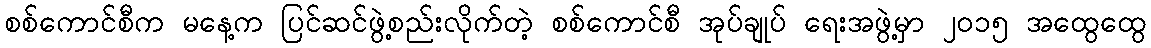
စစ်ကောင်စီက မနေ့က ပြင်ဆင်ဖွဲ့စည်းလိုက်တဲ့ စစ်ကောင်စီ အုပ်ချုပ် ရေးအဖွဲ့မှာ ၂၀၁၅ အထွေထွေ